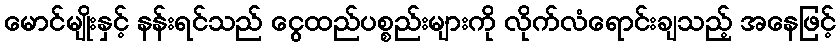
မောင်မျိုးနှင့် နန်းရင်သည် ငွေထည်ပစ္စည်းများကို လိုက်လံရောင်းချသည့် အနေဖြင့်